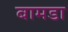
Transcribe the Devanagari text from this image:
बामडा